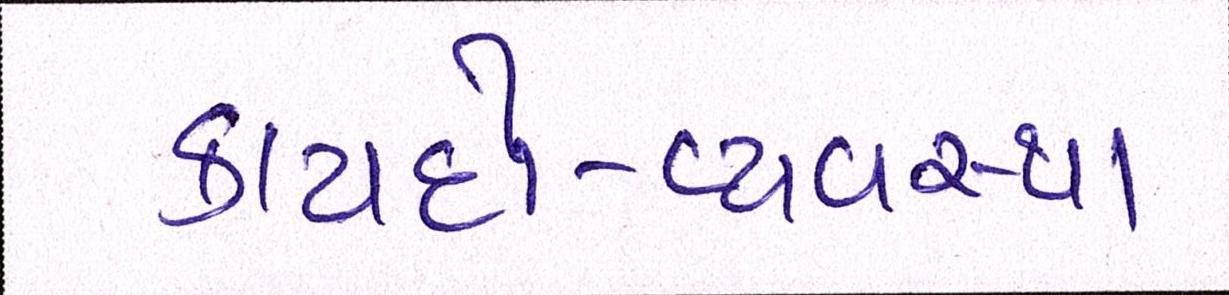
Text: કાયદો-વ્યવસ્થા